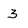
Character: 3